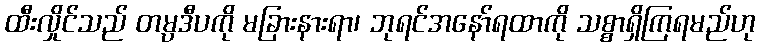
ထီးလှိုင်သည် တမ္ပဒီပကို မခြားနားရာ၊ ဘုရင်အနော်ရထာကို သစ္စာရှိကြရမည်ဟု